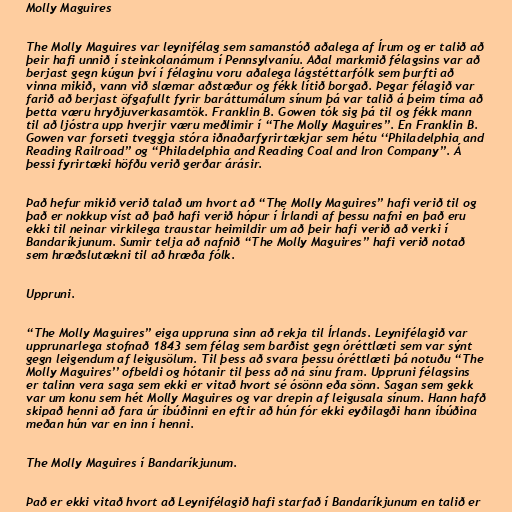
Molly Maguires

The Molly Maguires var leynifélag sem samanstóð aðalega af Írum og er talið að
þeir hafi unnið í steinkolanámum í Pennsylvaníu. Aðal markmið félagsins var að
berjast gegn kúgun því í félaginu voru aðalega lágstéttarfólk sem þurfti að
vinna mikið, vann við slæmar aðstæður og fékk lítið borgað. Þegar félagið var
farið að berjast öfgafullt fyrir baráttumálum sínum þá var talið á þeim tíma að
þetta væru hryðjuverkasamtök. Franklin B. Gowen tók sig þá til og fékk mann
til að ljóstra upp hverjir væru meðlimir í ‘‘The Molly Maguires’’. En Franklin B.
Gowen var forseti tveggja stóra iðnaðarfyrirtækjar sem hétu ‘‘Philadelphia and
Reading Railroad’’ og ‘‘Philadelphia and Reading Coal and Iron Company’’. Á
þessi fyrirtæki höfðu verið gerðar árásir.

Það hefur mikið verið talað um hvort að ‘‘The Molly Maguires’’ hafi verið til og
það er nokkup víst að það hafi verið hópur í Írlandi af þessu nafni en það eru
ekki til neinar virkilega traustar heimildir um að þeir hafi verið að verki í
Bandaríkjunum. Sumir telja að nafnið ‘‘The Molly Maguires’’ hafi verið notað
sem hræðslutækni til að hræða fólk.

Uppruni.

‘‘The Molly Maguires’’ eiga uppruna sinn að rekja til Írlands. Leynifélagið var
upprunarlega stofnað 1843 sem félag sem barðist gegn óréttlæti sem var sýnt
gegn leigendum af leigusölum. Til þess að svara þessu óréttlæti þá notuðu ‘‘The
Molly Maguires’’ ofbeldi og hótanir til þess að ná sínu fram. Uppruni félagsins
er talinn vera saga sem ekki er vitað hvort sé ósönn eða sönn. Sagan sem gekk
var um konu sem hét Molly Maguires og var drepin af leigusala sínum. Hann hafð
skipað henni að fara úr íbúðinni en eftir að hún fór ekki eyðilagði hann íbúðina
meðan hún var en inn í henni.

The Molly Maguires í Bandaríkjunum.

Það er ekki vitað hvort að Leynifélagið hafi starfað í Bandaríkjunum en talið er